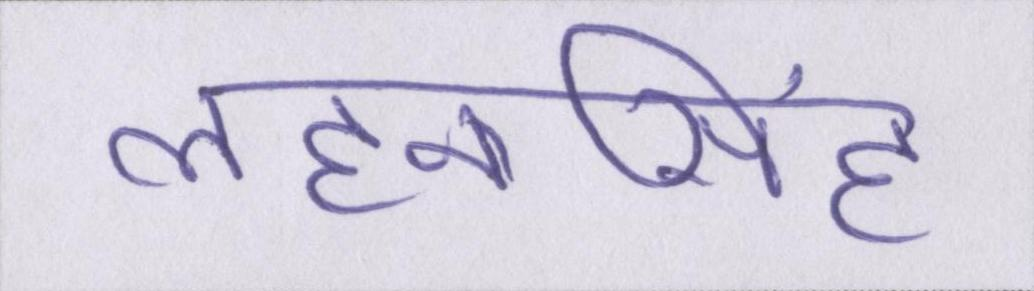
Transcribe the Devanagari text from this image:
लहनासिंह